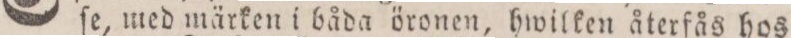
ſe, med märken i båda öronen, hwilken återſås hos